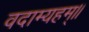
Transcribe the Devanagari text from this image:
वदाम्यहम्॥